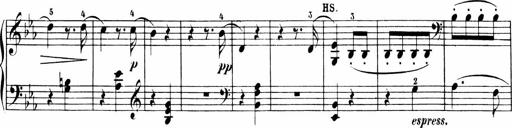
Title: 6 Sonatinas
Composer: Carl Reinecke